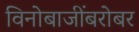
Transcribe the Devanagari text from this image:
विनोबाजींबरोबर